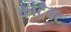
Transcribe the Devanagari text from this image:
कांट्रैक्ट